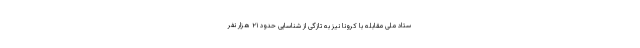
ستاد ملی مقابله با کرونا نیز به تازگی از شناسایی حدود ۲۱ هزار نفر